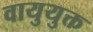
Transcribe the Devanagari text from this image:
वायुयुक्त